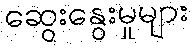
ဆွေးနွေးမှုများ